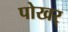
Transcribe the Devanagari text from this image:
पोखर्